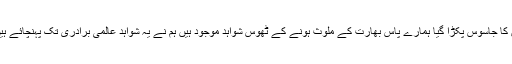
ان کا جاسوس پکڑا گیا ہمارے پاس بھارت کے ملوث ہونے کے ٹھوس شواہد موجود ہیں ہم نے یہ شواہد عالمی برادری تک پہنچائے ہیں۔